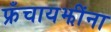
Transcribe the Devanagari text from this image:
फ्रँचायझींना